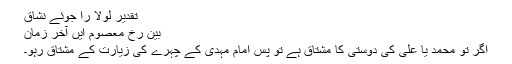
تقدیر لولا را جوئے نشاق
بین رخ معصوم ایں آخر زمان
اگر تو محمد یا علی کی دوستی کا مشتاق ہے تو پس امام مہدی کے چہرے کی زیارت کے مشتاق رہو۔